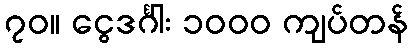
၇၀။ ငွေဒင်္ဂါး ၁၀၀၀ ကျပ်တန်